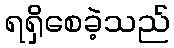
ရရှိစေခဲ့သည်